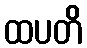
ထပတိ